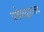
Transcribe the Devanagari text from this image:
प्रवेशद्वारातच